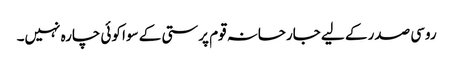
روسی صدر کے لیے جارحانہ قوم پرستی کے سوا کوئی چارہ نہیں۔